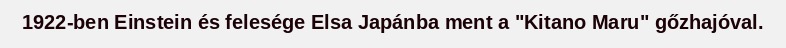
1922-ben Einstein és felesége Elsa Japánba ment a "Kitano Maru" gőzhajóval.